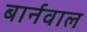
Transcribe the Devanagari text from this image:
बार्नवाल